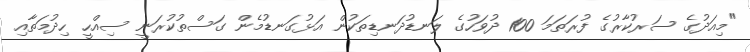
"މިއަދުގެ ސަރުކާރުގެ ފުރަތަމަ 100 ދުވަހުގެ ލަނޑުދަނޑިތަކުން އަޅުގަނޑުމެން ގަސްތުކުރަނީ ސިއްހީ ހިދުމަތާއި